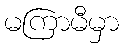
မကြာမီမှာ